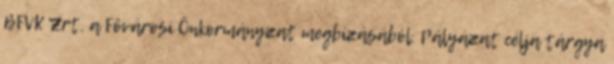
BFVK Zrt. a Fővárosi Önkormányzat megbízásából. Pályázat célja tárgya